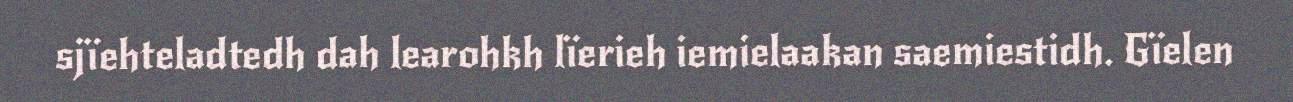
sjïehteladtedh dah learohkh lïerieh iemielaakan saemiestidh. Gïelen